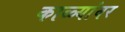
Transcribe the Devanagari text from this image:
काळ्यांवर